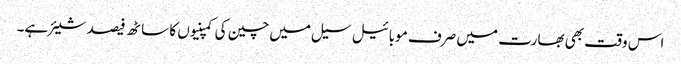
اس وقت بھی بھارت میں صرف موبائیل سیل میں چین کی کمپنیوں کا ساٹھ فیصد شیئر ہے۔